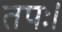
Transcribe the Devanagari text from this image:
तपः।